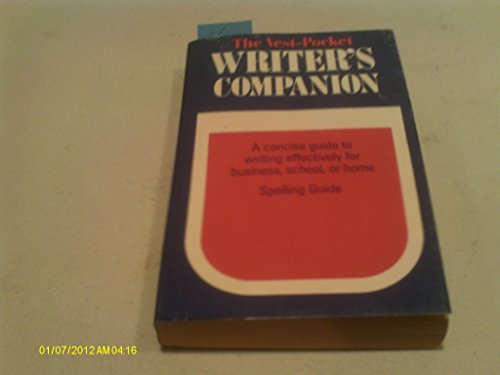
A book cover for The Vest Pocket Writers Guide, a Concise Guide to Writing Effectively for Business School or Home; houghton mifflin; Education & Teaching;